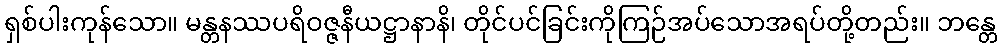
ရှစ်ပါးကုန်သော။ မန္တနဿပရိဝဇ္ဇနီယဋ္ဌာနာနိ၊ တိုင်ပင်ခြင်းကိုကြဉ်အပ်သောအရပ်တို့တည်း။ ဘန္တေ